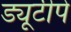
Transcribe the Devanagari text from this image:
ड्यूटीपे